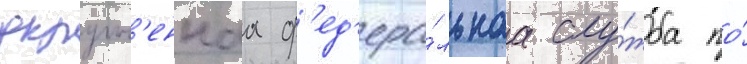
укрупн'еннаа ф'ед'ера́льнаа слу́жба по́